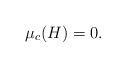
\begin{align*}\mu_c(H)=0. \end{align*}